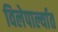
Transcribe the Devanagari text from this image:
विलेपार्ल्यात